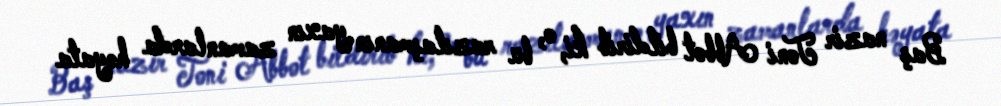
Baş nazir Toni Abbot bildirib ki, o, bu razılaşmanın yaxın zamanlarda həyata